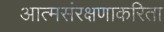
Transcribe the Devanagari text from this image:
आत्मसंरक्षणाकरिता